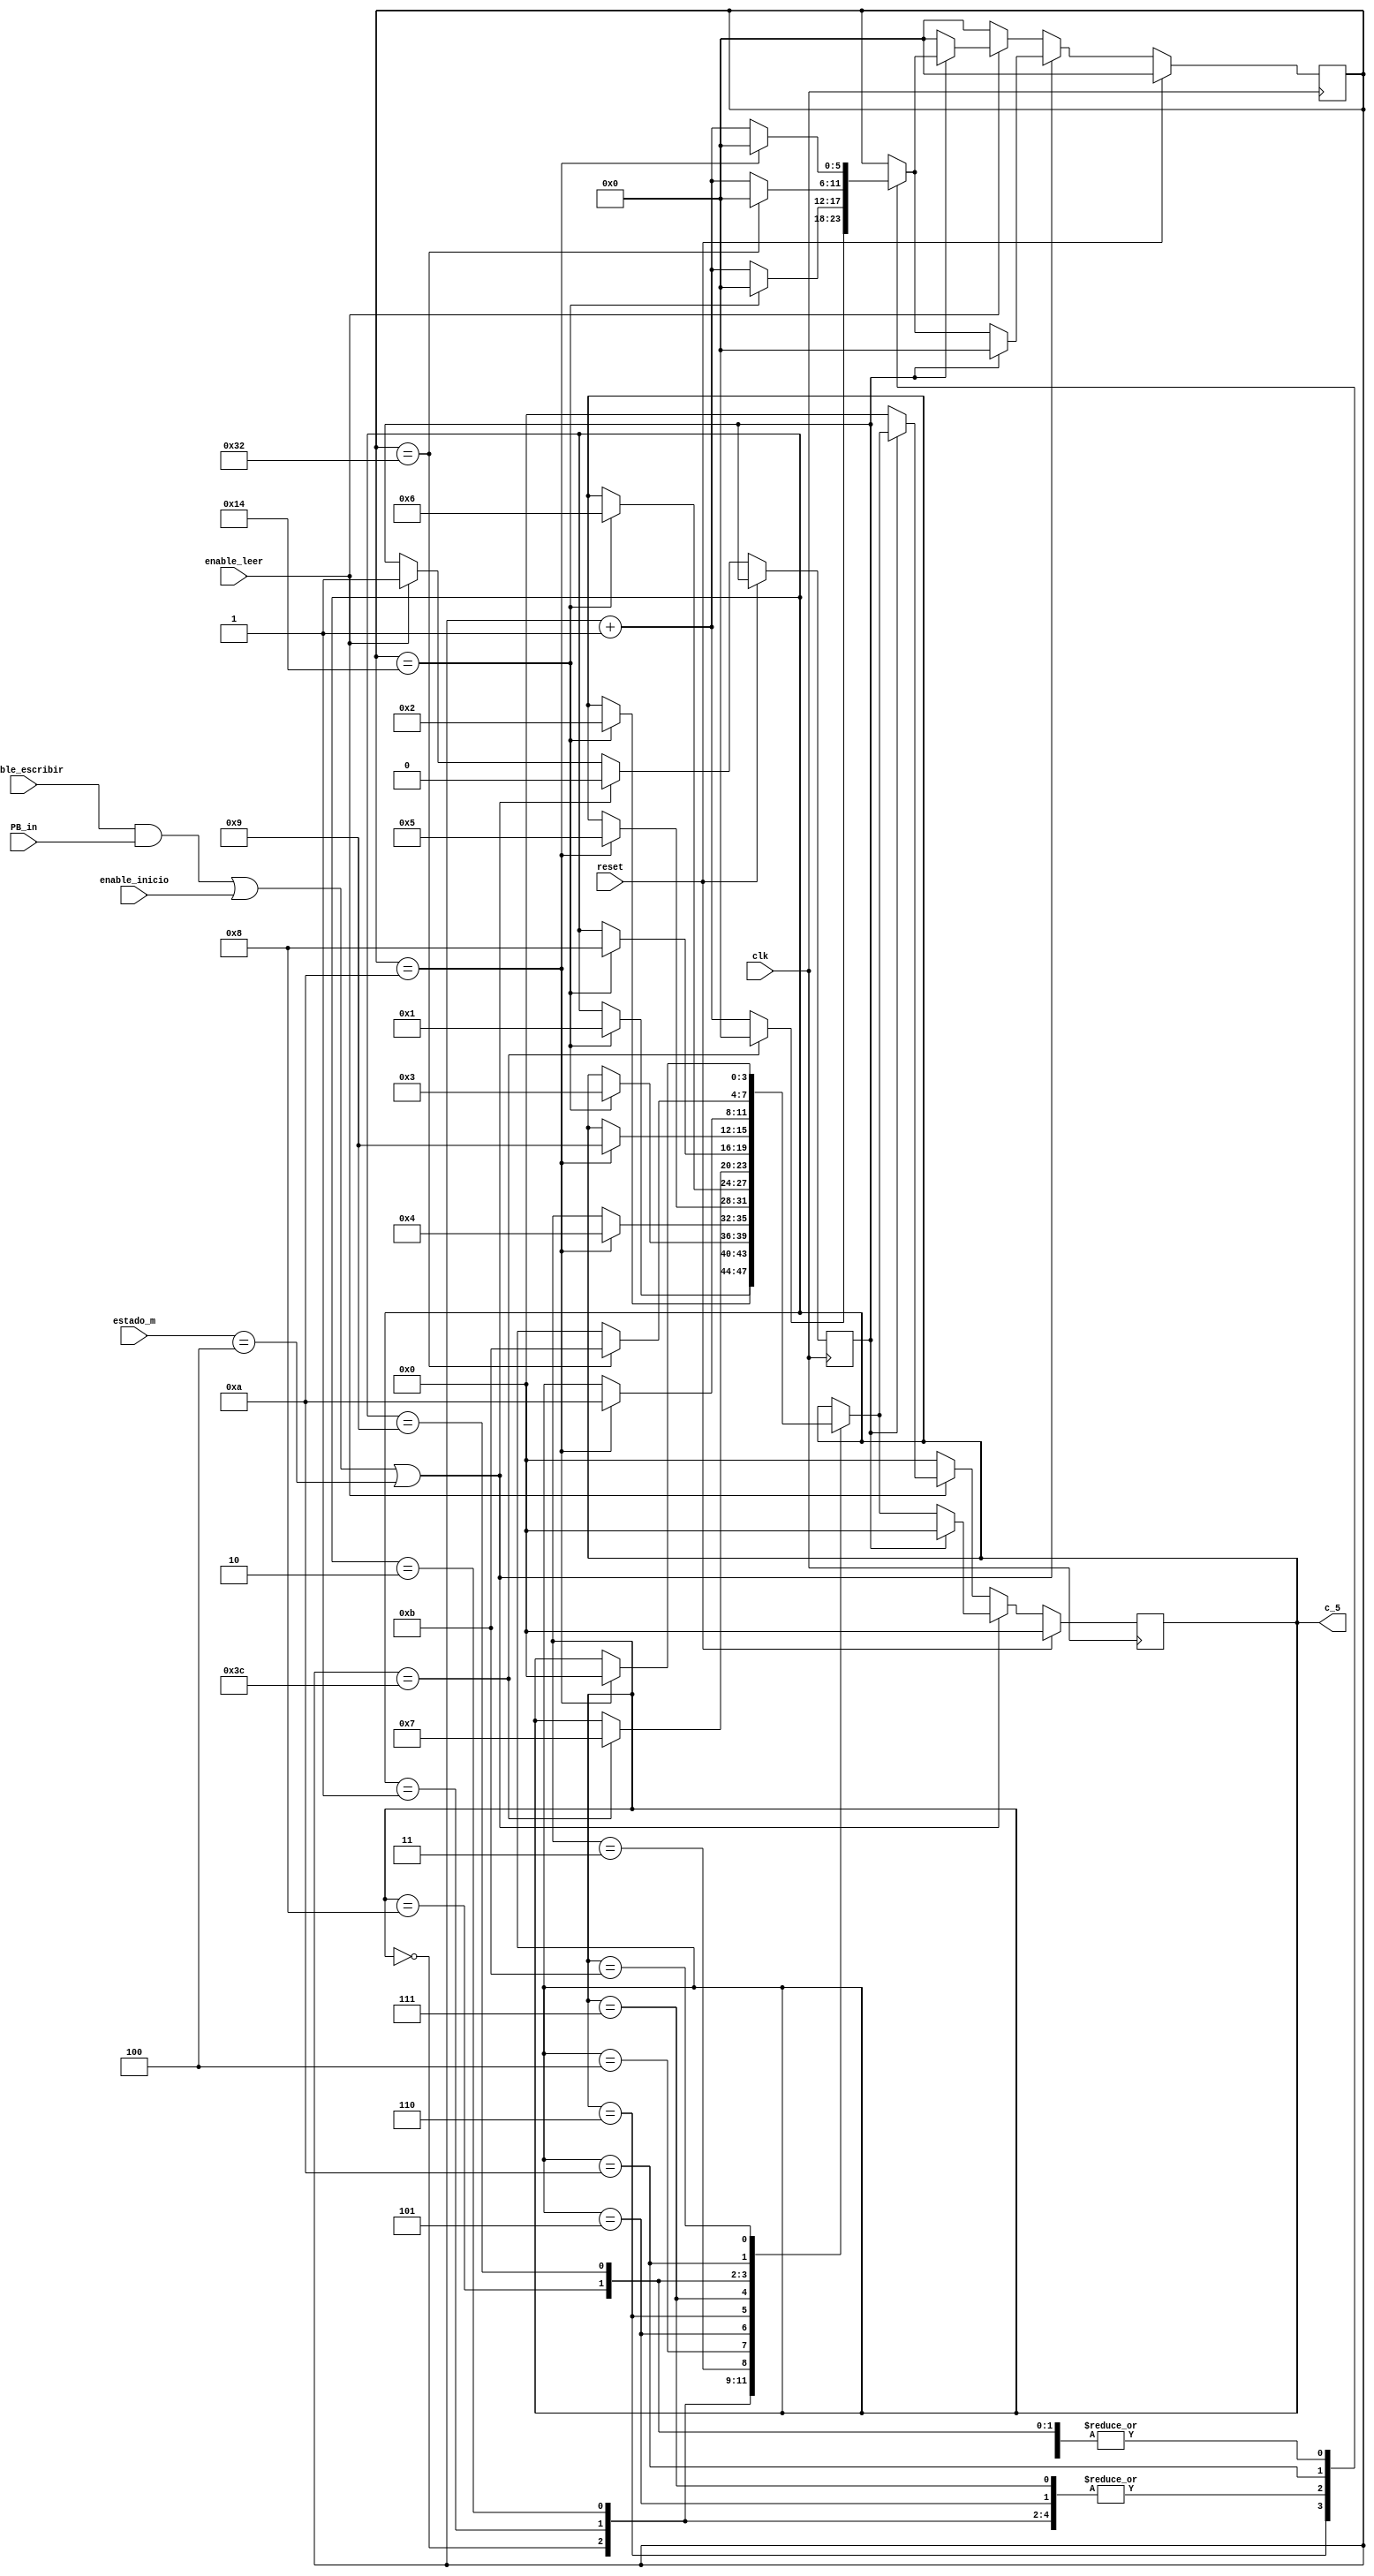
`timescale 1ns / 1ps
//---------------------------------------------------------------------
/*
Este modulo es una parte de la maquina de estados que controla la secuencia de lectura o escritura +
en el rtc, para poder concretar ciclos bien sincronizados para el RTC se utiliz una cuenta interna de manera que cumplan los tiempos descritos en la hoja de datos




*/
//---------------------------------------------------------------------
module Contador_Control_de_Tiempos(
    input reset,
    input clk,
	 input PB_in,
	 input enable_inicio,  //esta seal es para que arranque el inicio de la maquina      
	 input enable_escribir,//esta seal es para que se active la escritura de la maquina 
	 input enable_leer, //esta seal es para que se active la lectura de la maquina 
	 input [2:0] estado_m, //antigua entrada que no se utiliza
    output [3:0] c_5 //salida del estado actual
    );
	 
	 reg [5:0] Cuenta_Interna = 0;
	 reg [3:0] Estado = 0;
	 reg posicion = 0;
	 
	 assign c_5 = Estado;

	 
	 
	 always @(posedge clk )
	 if (reset)
	 begin
	    Estado = 0;
       Cuenta_Interna <= 0; 
	 end 
	 else
	 begin
	 begin
	    if ((enable_escribir && PB_in) || enable_inicio || (estado_m==3'd4) ) //seales de habilitacion para escribir o inicializar
		 begin
			 if (posicion == 1)
			 begin
			    posicion <= 0;
			    Estado = 0;
			    Cuenta_Interna <= 0;
			 end
          else 	
          begin			 
		       case (Estado)
			       4'd0: if (Cuenta_Interna == 6'd20 )
                      begin
					          Estado = 4'd1;
						       Cuenta_Interna <= 6'd0;
                      end		
                      else 
                      begin
					          Estado = Estado;
						       Cuenta_Interna <= Cuenta_Interna + 6'd1;
                      end		
					 4'd1: if (Cuenta_Interna == 6'd20 )
							 begin
								 Estado = 4'd2;
								 Cuenta_Interna <= 6'd0;
							 end		
							 else 
							 begin
								 Estado = Estado;
								 Cuenta_Interna <= Cuenta_Interna + 6'd1;
							 end		
					 4'd2: if (Cuenta_Interna == 6'd20 )
							 begin
								 Estado = 4'd3;
								 Cuenta_Interna <= 6'd0;
							 end		
							 else 
							 begin
								 Estado = Estado;
								 Cuenta_Interna <= Cuenta_Interna + 6'd1;
							 end		
					 4'd3: if (Cuenta_Interna == 6'd10)
							 begin
								 Estado = 4'd4;
								 Cuenta_Interna <= 6'd0;
							 end		
							 else 
							 begin
								 Estado = Estado;
								 Cuenta_Interna <= Cuenta_Interna + 6'd1;
							 end	
					 4'd4: if (Cuenta_Interna == 6'd10 )
							 begin
								 Estado = 4'd5;
								 Cuenta_Interna <= 6'd0;
							 end		
							 else 
							 begin
								 Estado = Estado;
								 Cuenta_Interna <= Cuenta_Interna + 6'd1;
							 end					 
					 4'd5: if (Cuenta_Interna == 6'd20 )
							 begin
								 Estado = 4'd6;
								 Cuenta_Interna <= 6'd0;
							 end		
							 else 
							 begin
								 Estado = Estado;
								 Cuenta_Interna <= Cuenta_Interna + 6'd1;
							 end		
					 4'd6: if (Cuenta_Interna == 6'd60 )
							 begin
								 Estado = 4'd7;
								 Cuenta_Interna <= 6'd0;
							 end		
							 else 
							 begin
								 Estado = Estado;
								 Cuenta_Interna <= Cuenta_Interna + 6'd1;
							 end		
					 4'd7: if (Cuenta_Interna == 6'd20 )
							 begin
								 Estado = 4'd8;
								 Cuenta_Interna <= 6'd0;
							 end		
							 else 
							 begin
								 Estado = Estado;
								 Cuenta_Interna <= Cuenta_Interna + 6'd1;
							 end		
					 4'd8: if (Cuenta_Interna == 6'd10 )
							 begin
								 Estado = 4'd9;
								 Cuenta_Interna <= 6'd0;
							 end		
							 else 
							 begin
								 Estado = Estado;
								 Cuenta_Interna <= Cuenta_Interna + 6'd1;
							 end		
					 4'd9: if (Cuenta_Interna == 6'd10 )
							 begin
								 Estado = 4'd10;
								 Cuenta_Interna <= 6'd0;
							 end		
							 else 
							 begin
								 Estado = Estado;
								 Cuenta_Interna <= Cuenta_Interna + 6'd1;
							 end		
					 4'd10: if (Cuenta_Interna == 6'd50 )
							 begin
								 Estado = 4'd11;
								 Cuenta_Interna <= 6'd0;
							 end		
							 else 
							 begin
								 Estado = Estado;
								 Cuenta_Interna <= Cuenta_Interna + 6'd1;
							 end
					 4'd11: if (Cuenta_Interna == 6'd10 )
							 begin
								 Estado = 4'd0;
								 Cuenta_Interna <= 6'd0;
							 end		
							 else 
							 begin
								 Estado = Estado;
								 Cuenta_Interna <= Cuenta_Interna + 6'd1;
							 end	
					 default: begin
									Estado = Estado;
									Cuenta_Interna <= Cuenta_Interna;
								end 	
               endcase	
            end				 
		   end
		 else //activacion de lectura
		 if (enable_leer)
		 begin
		    if (posicion == 0)
			 begin
			    posicion <= 1;
			    Estado = 0;
			    Cuenta_Interna <= 0;
			 end
			 else
			 begin
				 case (Estado)
					 4'd0: if (Cuenta_Interna == 6'd20 )
							 begin
								 Estado = 4'd1;
								 Cuenta_Interna <= 6'd0;
							 end		
							 else 
							 begin
								 Estado = Estado;
								 Cuenta_Interna <= Cuenta_Interna + 6'd1;
							 end		
					 4'd1: if (Cuenta_Interna == 6'd20 )
							 begin
								 Estado = 4'd2;
								 Cuenta_Interna <= 6'd0;
							 end		
							 else 
							 begin
								 Estado = Estado;
								 Cuenta_Interna <= Cuenta_Interna + 6'd1;
							 end		
					 4'd2: if (Cuenta_Interna == 6'd20 )
							 begin
								 Estado = 4'd3;
								 Cuenta_Interna <= 6'd0;
							 end		
							 else 
							 begin
								 Estado = Estado;
								 Cuenta_Interna <= Cuenta_Interna + 6'd1;
							 end		
					 4'd3: if (Cuenta_Interna == 6'd10)
							 begin
								 Estado = 4'd4;
								 Cuenta_Interna <= 6'd0;
							 end		
							 else 
							 begin
								 Estado = Estado;
								 Cuenta_Interna <= Cuenta_Interna + 6'd1;
							 end	
					 4'd4: if (Cuenta_Interna == 6'd10 )
							 begin
								 Estado = 4'd5;
								 Cuenta_Interna <= 6'd0;
							 end		
							 else 
							 begin
								 Estado = Estado;
								 Cuenta_Interna <= Cuenta_Interna + 6'd1;
							 end					 
					 4'd5: if (Cuenta_Interna == 6'd20 )
							 begin
								 Estado = 4'd6;
								 Cuenta_Interna <= 6'd0;
							 end		
							 else 
							 begin
								 Estado = Estado;
								 Cuenta_Interna <= Cuenta_Interna + 6'd1;
							 end		
					 4'd6: if (Cuenta_Interna == 6'd60 )
							 begin
								 Estado = 4'd7;
								 Cuenta_Interna <= 6'd0;
							 end		
							 else 
							 begin
								 Estado = Estado;
								 Cuenta_Interna <= Cuenta_Interna + 6'd1;
							 end		
					 4'd7: if (Cuenta_Interna == 6'd20 )
							 begin
								 Estado = 4'd8;
								 Cuenta_Interna <= 6'd0;
							 end		
							 else 
							 begin
								 Estado = Estado;
								 Cuenta_Interna <= Cuenta_Interna + 6'd1;
							 end		
					 4'd8: if (Cuenta_Interna == 6'd10 )
							 begin
								 Estado = 4'd9;
								 Cuenta_Interna <= 6'd0;
							 end		
							 else 
							 begin
								 Estado = Estado;
								 Cuenta_Interna <= Cuenta_Interna + 6'd1;
							 end		
					 4'd9: if (Cuenta_Interna == 6'd10 )
							 begin
								 Estado = 4'd10;
								 Cuenta_Interna <= 6'd0;
							 end		
							 else 
							 begin
								 Estado = Estado;
								 Cuenta_Interna <= Cuenta_Interna + 6'd1;
							 end		
					 4'd10: if (Cuenta_Interna == 6'd50 )
							 begin
								 Estado = 4'd11;
								 Cuenta_Interna <= 6'd0;
							 end		
							 else 
							 begin
								 Estado = Estado;
								 Cuenta_Interna <= Cuenta_Interna + 6'd1;
							 end
					 4'd11: if (Cuenta_Interna == 6'd10 )
							 begin
								 Estado = 4'd0;
								 Cuenta_Interna <= 6'd0;
							 end		
							 else 
							 begin
								 Estado = Estado;
								 Cuenta_Interna <= Cuenta_Interna + 6'd1;
							 end	
					 default: begin
									Estado = Estado;
									Cuenta_Interna <= Cuenta_Interna;
								 end 	
               endcase
            end		
		   end 
			else
         begin
			   Estado = 0;
			   Cuenta_Interna <= 0;
         end	
		end
		end
		
   endmodule